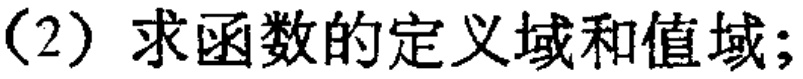
(2) 求函数的定义域和值域;